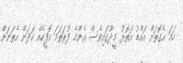
ހަމަ އެގޮތަށް އައްޑު އަތޮޅު މީދޫގައިވެސް އެންމެ ފުރަތަމަ އޮފީހެއް ހަދަން އެތަނަށް